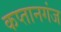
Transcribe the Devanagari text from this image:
कप्‍तानगंज